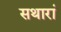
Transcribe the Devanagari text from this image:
सथारां